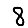
Digit: 8